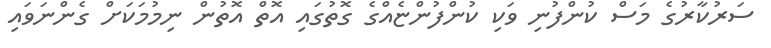
ސަރުކާރުގެ މަސް ކުންފުނި ވަކި ކުންފުންޏެއްގެ ގޮތުގައި އޮތް އޮތުން ނިމުމަކަށް ގެންނަަވައި